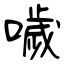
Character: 噦